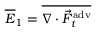
\overline { { E } } _ { 1 } = \overline { { \nabla \cdot \vec { F } _ { t } ^ { \mathrm { a d v } } } }